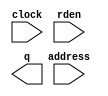
// megafunction wizard: %ROM: 1-PORT%VBB%
// GENERATION: STANDARD
// VERSION: WM1.0
// MODULE: altsyncram 

// ============================================================
// Megafunction Name(s):
// 			altsyncram
//
// Simulation Library Files(s):
// 			altera_mf
// ============================================================
// ************************************************************
// THIS IS A WIZARD-GENERATED FILE. DO NOT EDIT THIS FILE!
//
// 9.1 Build 222 10/21/2009 SJ Full Version
// ************************************************************

//Copyright (C) 1991-2009 Altera Corporation
//Your use of Altera Corporation's design tools, logic functions 
//and other software and tools, and its AMPP partner logic 
//functions, and any output files from any of the foregoing 
//(including device programming or simulation files), and any 
//associated documentation or information are expressly subject 
//to the terms and conditions of the Altera Program License 
//Subscription Agreement, Altera MegaCore Function License 
//Agreement, or other applicable license agreement, including, 
//without limitation, that your use is for the sole purpose of 
//programming logic devices manufactured by Altera and sold by 
//Altera or its authorized distributors.  Please refer to the 
//applicable agreement for further details.

module rom_6 (
	address,
	clock,
	rden,
	q);

	input	[7:0]  address;
	input	  clock;
	input	  rden;
	output	[0:0]  q;

endmodule

// ============================================================
// CNX file retrieval info
// ============================================================
// Retrieval info: PRIVATE: ADDRESSSTALL_A NUMERIC "0"
// Retrieval info: PRIVATE: AclrAddr NUMERIC "0"
// Retrieval info: PRIVATE: AclrByte NUMERIC "0"
// Retrieval info: PRIVATE: AclrOutput NUMERIC "0"
// Retrieval info: PRIVATE: BYTE_ENABLE NUMERIC "0"
// Retrieval info: PRIVATE: BYTE_SIZE NUMERIC "8"
// Retrieval info: PRIVATE: BlankMemory NUMERIC "0"
// Retrieval info: PRIVATE: CLOCK_ENABLE_INPUT_A NUMERIC "0"
// Retrieval info: PRIVATE: CLOCK_ENABLE_OUTPUT_A NUMERIC "0"
// Retrieval info: PRIVATE: Clken NUMERIC "0"
// Retrieval info: PRIVATE: IMPLEMENT_IN_LES NUMERIC "0"
// Retrieval info: PRIVATE: INIT_FILE_LAYOUT STRING "PORT_A"
// Retrieval info: PRIVATE: INIT_TO_SIM_X NUMERIC "0"
// Retrieval info: PRIVATE: INTENDED_DEVICE_FAMILY STRING "Cyclone III"
// Retrieval info: PRIVATE: JTAG_ENABLED NUMERIC "0"
// Retrieval info: PRIVATE: JTAG_ID STRING "NONE"
// Retrieval info: PRIVATE: MAXIMUM_DEPTH NUMERIC "0"
// Retrieval info: PRIVATE: MIFfilename STRING "../../../Demonstrations/altpll_reconfig_rom_restored/MainPLL_500MBPS.mif"
// Retrieval info: PRIVATE: NUMWORDS_A NUMERIC "256"
// Retrieval info: PRIVATE: RAM_BLOCK_TYPE NUMERIC "0"
// Retrieval info: PRIVATE: RegAddr NUMERIC "1"
// Retrieval info: PRIVATE: RegOutput NUMERIC "1"
// Retrieval info: PRIVATE: SYNTH_WRAPPER_GEN_POSTFIX STRING "0"
// Retrieval info: PRIVATE: SingleClock NUMERIC "1"
// Retrieval info: PRIVATE: UseDQRAM NUMERIC "0"
// Retrieval info: PRIVATE: WidthAddr NUMERIC "8"
// Retrieval info: PRIVATE: WidthData NUMERIC "1"
// Retrieval info: PRIVATE: rden NUMERIC "1"
// Retrieval info: CONSTANT: ADDRESS_ACLR_A STRING "NONE"
// Retrieval info: CONSTANT: CLOCK_ENABLE_INPUT_A STRING "BYPASS"
// Retrieval info: CONSTANT: CLOCK_ENABLE_OUTPUT_A STRING "BYPASS"
// Retrieval info: CONSTANT: INIT_FILE STRING "../../../Demonstrations/altpll_reconfig_rom_restored/MainPLL_500MBPS.mif"
// Retrieval info: CONSTANT: INTENDED_DEVICE_FAMILY STRING "Cyclone III"
// Retrieval info: CONSTANT: LPM_HINT STRING "ENABLE_RUNTIME_MOD=NO"
// Retrieval info: CONSTANT: LPM_TYPE STRING "altsyncram"
// Retrieval info: CONSTANT: NUMWORDS_A NUMERIC "256"
// Retrieval info: CONSTANT: OPERATION_MODE STRING "ROM"
// Retrieval info: CONSTANT: OUTDATA_ACLR_A STRING "NONE"
// Retrieval info: CONSTANT: OUTDATA_REG_A STRING "CLOCK0"
// Retrieval info: CONSTANT: WIDTHAD_A NUMERIC "8"
// Retrieval info: CONSTANT: WIDTH_A NUMERIC "1"
// Retrieval info: CONSTANT: WIDTH_BYTEENA_A NUMERIC "1"
// Retrieval info: USED_PORT: address 0 0 8 0 INPUT NODEFVAL address[7..0]
// Retrieval info: USED_PORT: clock 0 0 0 0 INPUT NODEFVAL clock
// Retrieval info: USED_PORT: q 0 0 1 0 OUTPUT NODEFVAL q[0..0]
// Retrieval info: USED_PORT: rden 0 0 0 0 INPUT NODEFVAL rden
// Retrieval info: CONNECT: @address_a 0 0 8 0 address 0 0 8 0
// Retrieval info: CONNECT: q 0 0 1 0 @q_a 0 0 1 0
// Retrieval info: CONNECT: @clock0 0 0 0 0 clock 0 0 0 0
// Retrieval info: CONNECT: @rden_a 0 0 0 0 rden 0 0 0 0
// Retrieval info: LIBRARY: altera_mf altera_mf.altera_mf_components.all
// Retrieval info: GEN_FILE: TYPE_NORMAL rom_6.v TRUE
// Retrieval info: GEN_FILE: TYPE_NORMAL rom_6.inc TRUE
// Retrieval info: GEN_FILE: TYPE_NORMAL rom_6.cmp TRUE
// Retrieval info: GEN_FILE: TYPE_NORMAL rom_6.bsf TRUE
// Retrieval info: GEN_FILE: TYPE_NORMAL rom_6_inst.v TRUE
// Retrieval info: GEN_FILE: TYPE_NORMAL rom_6_bb.v TRUE
// Retrieval info: GEN_FILE: TYPE_NORMAL rom_6_waveforms.html TRUE
// Retrieval info: GEN_FILE: TYPE_NORMAL rom_6_wave*.jpg FALSE
// Retrieval info: LIB_FILE: altera_mf